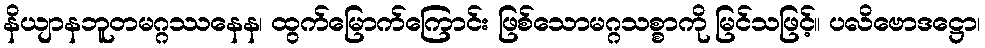
နိယျာနဘူတမဂ္ဂဿနေန၊ ထွက်မြောက်ကြောင်း ဖြစ်သောမဂ္ဂသစ္စာကို မြင်သဖြင့်။ ပလိဗောဒဋ္ဌော၊